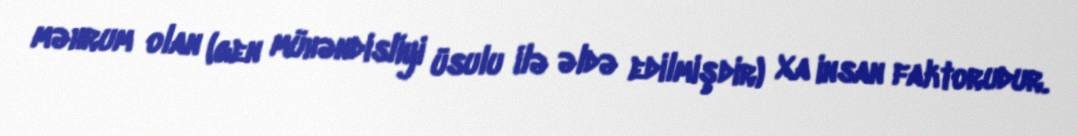
məhrum olan (gen mühəndisliyi üsulu ilə əldə edilmişdir) Xa insan faktorudur.